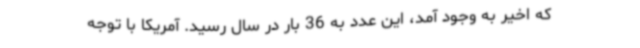
که اخیر به وجود آمد، این عدد به 36 بار در سال رسید. آمریکا با توجه